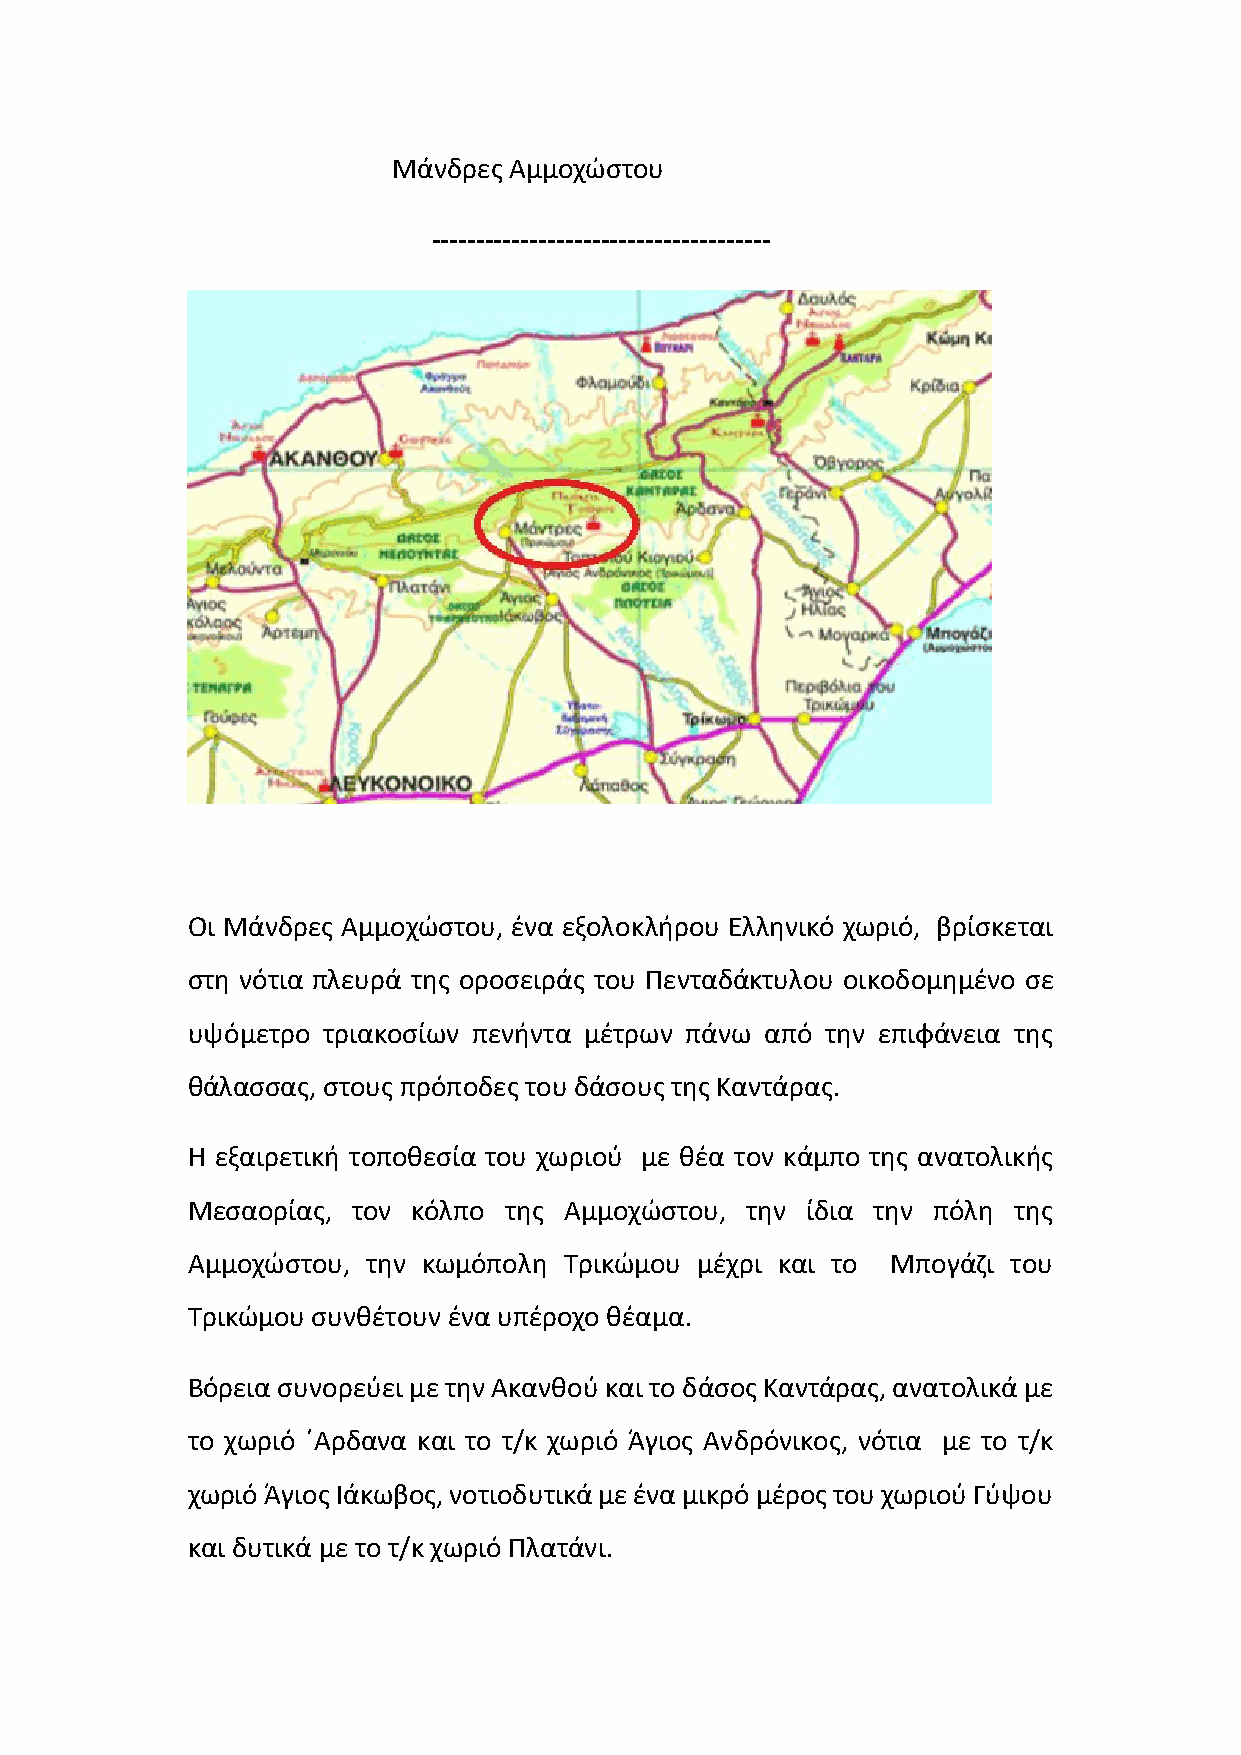
Μάνδρες Αμμοχώστου
 --------------------------------------
 Οι Μάνδρες Αμμοχώστου, ένα εξολοκλήρου Ελληνικό χωριό, βρίσκεται
 στη νότια πλευρά της οροσειράς του Πενταδάκτυλου οικοδομημένο σε
 υψόμετρο τριακοσίων πενήντα μέτρων πάνω από την επιφάνεια της
 θάλασσας, στους πρόποδες του δάσους της Καντάρας.
 Η εξαιρετική τοποθεσία του χωριού με θέα τον κάμπο της ανατολικής
 Μεσαορίας, τον κόλπο της Αμμοχώστου, την ίδια την πόλη της
 Αμμοχώστου, την κωμόπολη Τρικώμου μέχρι και το Μπογάζι του
 Τρικώμου συνθέτουν ένα υπέροχο θέαμα.
 Βόρεια συνορεύει με την Ακανθού και το δάσος Καντάρας, ανατολικά με
 το χωριό ΄Αρδανα και το τ/κ χωριό Άγιος Ανδρόνικος, νότια με το τ/κ
 χωριό Άγιος Ιάκωβος, νοτιοδυτικά με ένα μικρό μέρος του χωριού Γύψου
 και δυτικά με το τ/κ χωριό Πλατάνι.